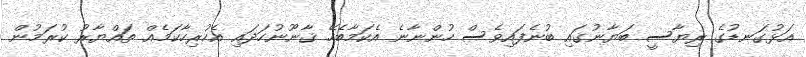
އަޅުގަނޑުގެ ރިޔާސީ ބަޔާނުގައި ބުނެފައިވެސް ހުންނާނެ އެކަމާބެހޭ ޤާނޫނުހަދައި އެހުރިހާކަމެއް ތައްޔާރު ކުރަމުން